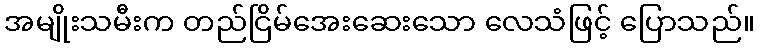
အမျိုးသမီးက တည်ငြိမ်အေးဆေးသော လေသံဖြင့် ပြောသည်။